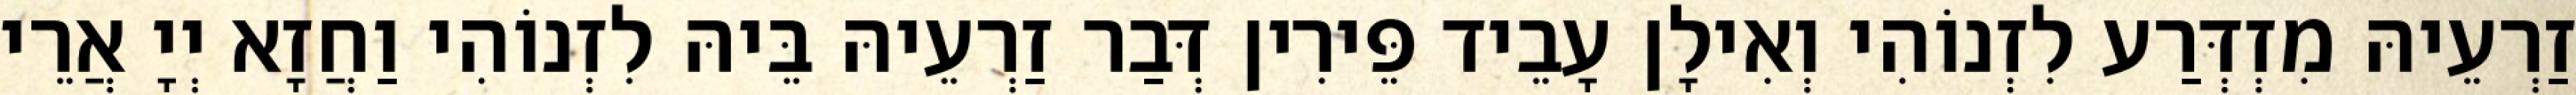
זַרְעֵיהּ מִזְדְּרַע לִזְנוֹהִי וְאִילָן עָבֵיד פֵּירִין דְּבַר זַרְעֵיהּ בֵּיהּ לִזְנוֹהִי וַחֲזָא יְיָ אֲרֵי